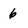
Character: 6